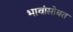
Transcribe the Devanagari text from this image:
भावांसोबत